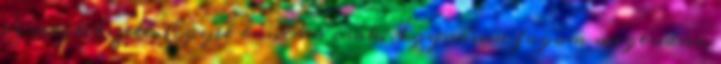
ez megtetszett. Egyet bántam csak. Így sosem fogom megtudni,